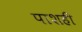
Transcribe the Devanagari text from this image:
पाशही